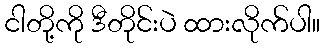
ငါတို့ကို ဒီတိုင်းပဲ ထားလိုက်ပါ။